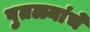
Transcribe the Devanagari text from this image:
पुतळ्यांचे